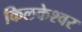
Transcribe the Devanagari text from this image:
किलकेश्‍वर